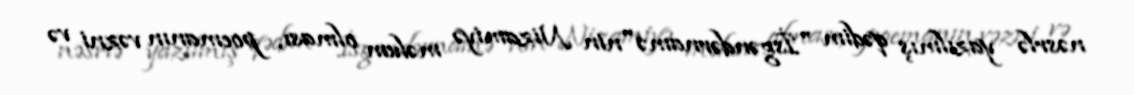
nəsrlə yazılmış qədim "İsgəndərnamə"nin Nizamiyə məlum olması, poemanın vəzni və